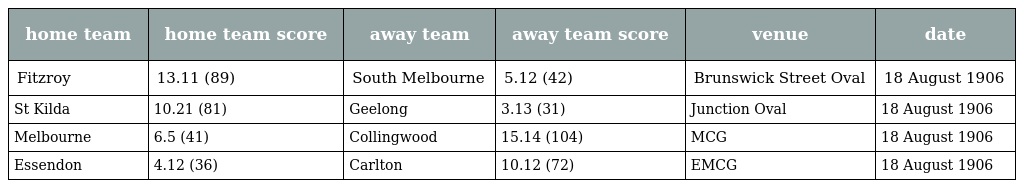
| home team | home team score | away team | away team score | venue | date |
 | --- | --- | --- | --- | --- | --- |
 | Fitzroy | 13.11 (89) | South Melbourne | 5.12 (42) | Brunswick Street Oval | 18 August 1906 |
 | St Kilda | 10.21 (81) | Geelong | 3.13 (31) | Junction Oval | 18 August 1906 |
 | Melbourne | 6.5 (41) | Collingwood | 15.14 (104) | MCG | 18 August 1906 |
 | Essendon | 4.12 (36) | Carlton | 10.12 (72) | EMCG | 18 August 1906 |